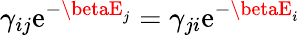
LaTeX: \gamma_{ij}\mathrm{e}^{-\betaE_{j}}=\gamma_{ji}\mathrm{e}^{-\betaE_{i}}